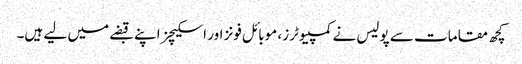
کچھ مقامات سے پولیس نے کمپیوٹرز، موبائل فونز اور اسکیچز اپنے قبضے میں لیے ہیں۔